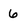
Character: 6